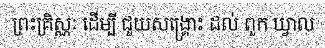
ព្រះគ្រិស្ណៈ ដើម្បី ជួយសង្គ្រោះ ដល់ ពួក ឃ្វាល